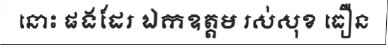
នោះ ផងដែរ ឯកឧត្តម រស់សុខ ធឿន